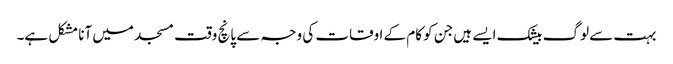
بہت سے لوگ بیشک ایسے ہیں جن کو کام کے اوقات کی وجہ سے پانچ وقت مسجد میں آنا مشکل ہے۔